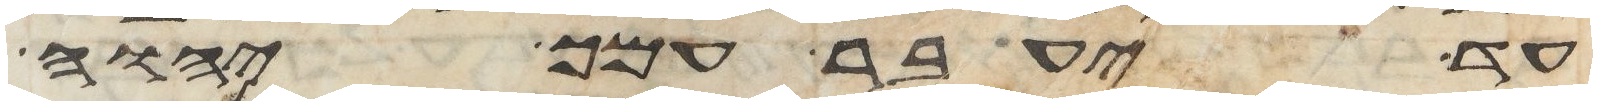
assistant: עד יעבר עמך יהוה